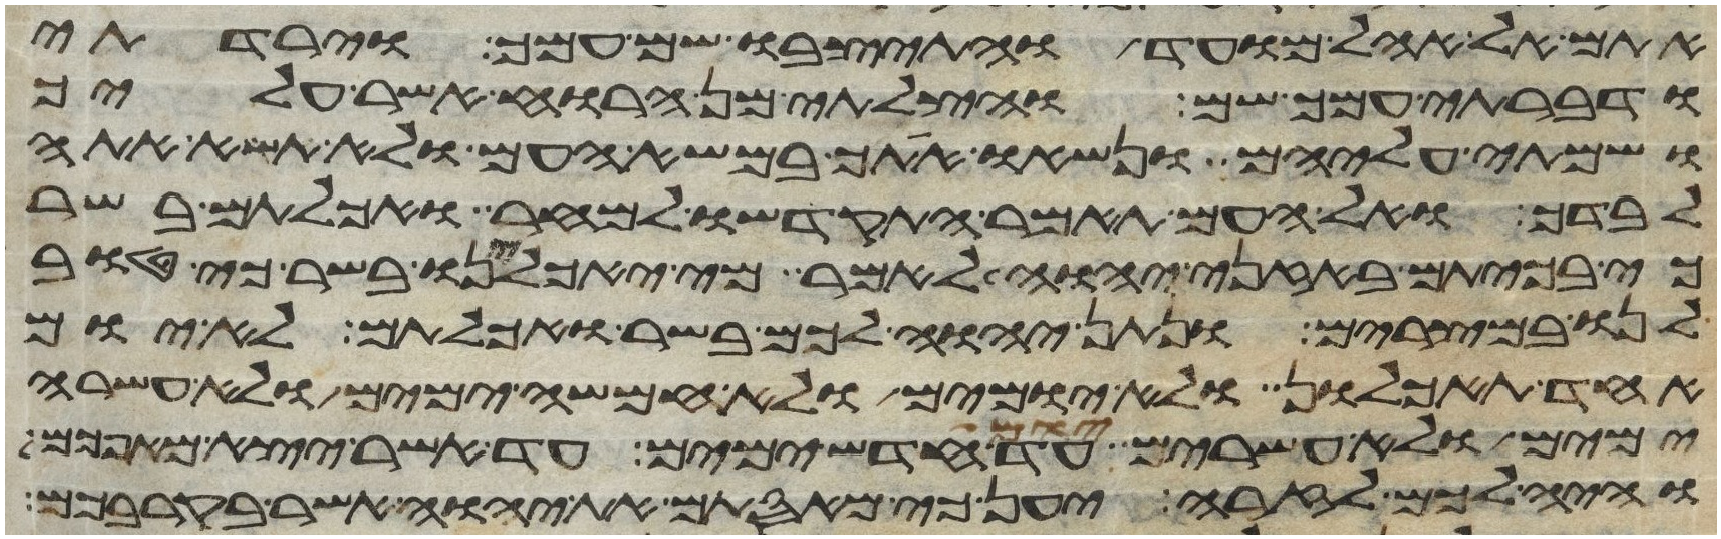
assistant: אתם אל אהל מועד והתיצבו שם עמך וירדתי
ודברתי עמך שם והצלתי מן הרוח אשר עליך
ושמתי עליהם ונשאו אתך במשא העם ולא תשא אתה
לבדך ואל העם תאמר התקדשו למחר ואכלתם בשר
כי בכיתם באזני יהוה לאמר מי יאכילנו בשר כי טוב
לנו במצרים ונתן יהוה לכם בשר ואכלתם לא יום
אחד תאכלון ולא יומים ולא חמשה ימים ולא עשרה
ימים ולא עשרים יום עד חדש ימים עד אשר יצא מאפכם
והיה לכם לזרה יען כי מאסתם את יהוה אשר בקרבכם